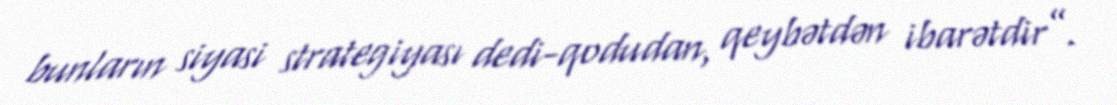
bunların siyasi strategiyası dedi-qodudan, qeybətdən ibarətdir”.